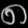
Digit: ၈